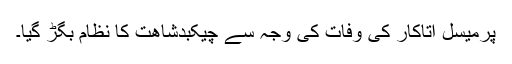
پرمیسل اتاکار کی وفات کی وجہ سے چیکبدشاھت کا نظام بگڑ گیا۔